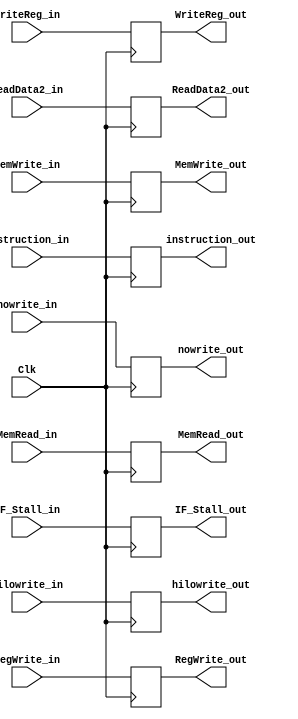
`timescale 1ns / 1ps
//////////////////////////////////////////////////////////////////////////////////
// Company: 
// Engineer: 
// 
// Design Name: 
// Module Name: EX_MEM_Buffer
// Project Name: 
// Target Devices: 
// Tool Versions: 
// Description: 
// 
// Dependencies: 
// 
// Revision:
// Revision 0.01 - File Created
// Additional Comments:
// 
//////////////////////////////////////////////////////////////////////////////////


module EX_MEM_Buffer(instruction_in, ReadData2_in, hilowrite_in, WriteReg_in,
                     RegWrite_in, nowrite_in, MemWrite_in, MemRead_in, Clk,
                     instruction_out, ReadData2_out, hilowrite_out, WriteReg_out,
                     RegWrite_out, nowrite_out, MemWrite_out, MemRead_out, IF_Stall_in, IF_Stall_out);

    input [31:0] ReadData2_in, instruction_in, hilowrite_in;
    
    input [4:0] WriteReg_in;

    input RegWrite_in, nowrite_in, MemWrite_in, MemRead_in, Clk, IF_Stall_in;

    output reg [31:0] instruction_out, ReadData2_out, hilowrite_out;
    
    output reg [4:0] WriteReg_out;

    output reg RegWrite_out, nowrite_out, MemWrite_out, MemRead_out, IF_Stall_out;

    initial begin
    
        instruction_out = 0;
        ReadData2_out = 0;
        hilowrite_out = 0;
        MemRead_out = 0;
        RegWrite_out = 0;
        nowrite_out = 0;
        MemWrite_out = 0;
        IF_Stall_out = 0;
        
    end

    always@(posedge Clk) begin
    
        instruction_out <= instruction_in;
        ReadData2_out <= ReadData2_in;
        hilowrite_out <= hilowrite_in;
        IF_Stall_out <= IF_Stall_in;

        WriteReg_out <= WriteReg_in;
        
        RegWrite_out <= RegWrite_in;
        nowrite_out <= nowrite_in;
        MemWrite_out <= MemWrite_in;
        MemRead_out <= MemRead_in;
    end

endmodule